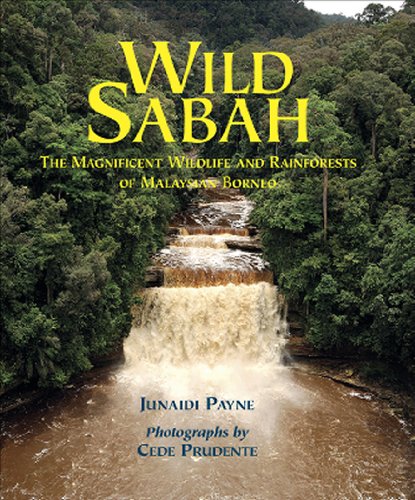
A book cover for Wild Sabah: The Magnificent Wildlife and Rainforests of Malaysian Borneo; Junaidi Payne; Travel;